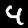
Digit: 4